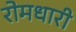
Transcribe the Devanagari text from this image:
रोमधारी